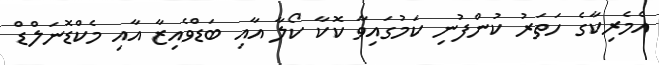
އެމެރިކާގެ ހަތަރު ކުންފުނި ކަމުގައިވާ ކޮކާ ކޯލާ އާއި ބަޑްވެއިޒާ އާއި މެކްޑޮނަލްޑް